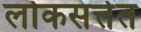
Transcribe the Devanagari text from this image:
लोकसत्तेत